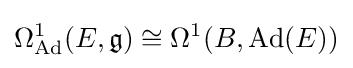
\Omega _{\operatorname {Ad} }^{1}(E,{\mathfrak {g}})\cong \Omega ^{1}(B,\operatorname {Ad} (E))